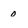
Character: o